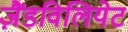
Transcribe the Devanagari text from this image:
ज़ैंडविलियेट